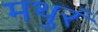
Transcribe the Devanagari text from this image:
मथुरं